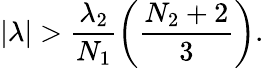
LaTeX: |\lambda|>\frac{\lambda_{2}}{N_{1}}\left(\frac{N_{2}+2}{3}\right).